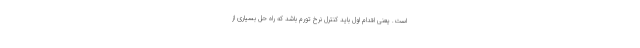
است. یعنی اقدام اول باید کنترل نرخ تورم باشد که راه حل بسیاری از